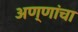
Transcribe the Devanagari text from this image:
अण्णांचा